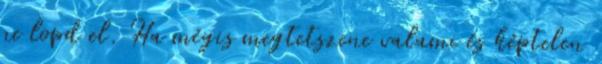
ne lopd el. Ha mégis megtetszene valami és képtelen